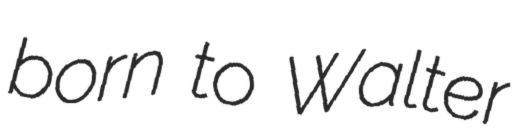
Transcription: born to Walter